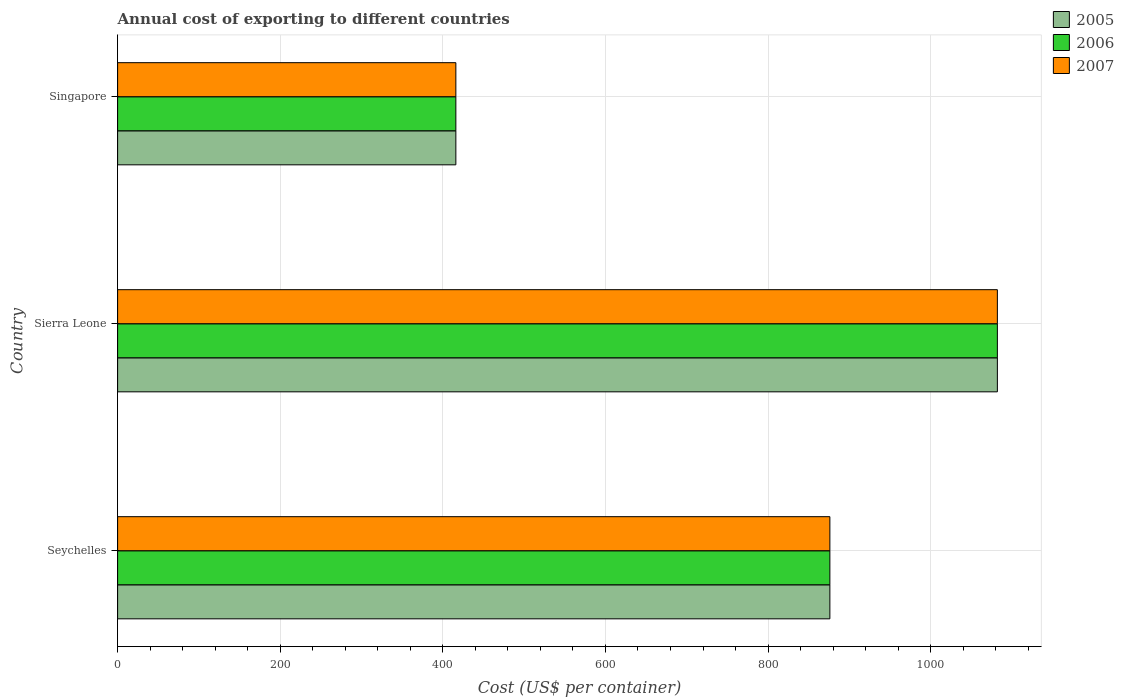
| Country | 2005 | 2006 | 2007 |
 | --- | --- | --- | --- |
 | Seychelles | 876 | 876 | 876 |
 | Sierra Leone | 1.08e+03 | 1.08e+03 | 1.08e+03 |
 | Singapore | 416 | 416 | 416 |